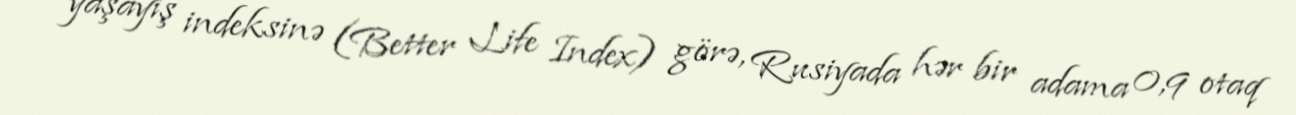
yaşayış indeksinə (Better Life Index) görə, Rusiyada hər bir adama 0,9 otaq